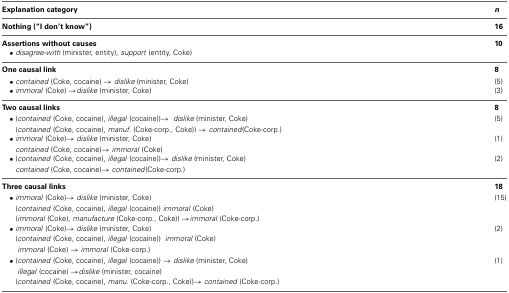
| Explanation category | n |
 | --- | --- |
 | Nothing (“I don't know”) | 16 |
 | Assertions without causes | 10 |
 | • disagree-with (minister, entity), support (entity, Coke) |  |
 | One causal link | 8 |
 | • contained (Coke, cocaine) → dislike (minister, Coke) | (5) |
 | • immoral (Coke) →dislike (minister, Coke) | (3) |
 | Two causal links | 8 |
 | • (contained (Coke, cocaine), illegal (cocaine))→  dislike (minister, Coke) | (5) |
 | (contained (Coke, cocaine), manuf. (Coke-corp., Coke)) → contained(Coke-corp.) |  |
 | • immoral (Coke)→ dislike (minister, Coke) | (1) |
 | contained (Coke, cocaine)→ immoral (Coke) |  |
 | • (contained (Coke, cocaine), illegal (cocaine))→ dislike (minister, Coke) | (2) |
 | contained (Coke, cocaine)→ contained(Coke-corp.) |  |
 | Three causal links | 18 |
 | • immoral (Coke)→ dislike (minister, Coke) | (15) |
 | (contained (Coke, cocaine), illegal (cocaine)) immoral (Coke) |  |
 | (immoral (Coke), manufacture (Coke-corp., Coke)) →immoral (Coke-corp.) |  |
 | • immoral (Coke)→ dislike (minister, Coke) | (2) |
 | (contained (Coke, cocaine), illegal (cocaine))  immoral (Coke) |  |
 | immoral (Coke) → immoral (Coke-corp.) |  |
 | • (contained (Coke, cocaine), illegal (cocaine)) → dislike (minister, Coke) | (1) |
 | illegal (cocaine) →dislike (minister, cocaine) |  |
 | (contained (Coke, cocaine), manu. (Coke-corp., Coke))→ contained (Coke-corp.) |  |